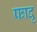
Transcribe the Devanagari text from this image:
फादृ